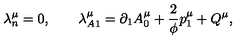
\lambda _ { n } ^ { \mu } = 0 , \qquad \lambda _ { A 1 } ^ { \mu } = \partial _ { 1 } A _ { 0 } ^ { \mu } + \frac 2 \phi p _ { 1 } ^ { \mu } + Q ^ { \mu } ,